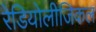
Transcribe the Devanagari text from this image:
रेडियोलीजिकल